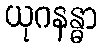
ယုဂနန္ဓာ